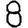
Digit: 8